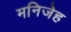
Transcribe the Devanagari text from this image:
मनिजेह